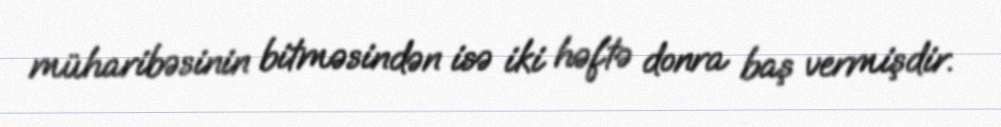
müharibəsinin bitməsindən isə iki həftə donra baş vermişdir.